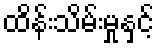
ထိန်းသိမ်းမှုနှင့်